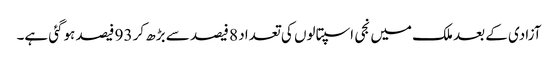
آزادی کے بعد ملک میں نجی اسپتالوں کی تعداد 8 فیصد سے بڑھ کر 93 فیصد ہوگئی ہے۔